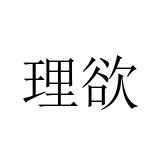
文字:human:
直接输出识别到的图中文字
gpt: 理欲